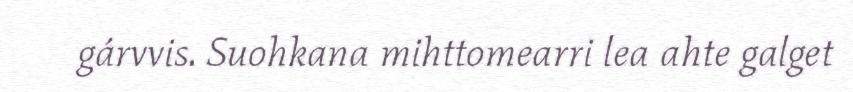
gárvvis. Suohkana mihttomearri lea ahte galget